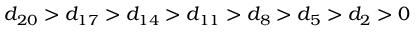
d _ { 2 0 } > d _ { 1 7 } > d _ { 1 4 } > d _ { 1 1 } > d _ { 8 } > d _ { 5 } > d _ { 2 } > 0